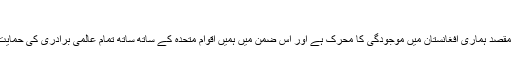
​
اب بھی يہی مقصد ہماری افغانستان ميں موجودگی کا محرک ہے اور اس ضمن ميں ہميں اقوام متحدہ کے ساتھ ساتھ تمام عالمی برادری کی حمايت حاصل ہے۔